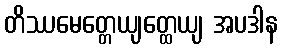
တိဿမေတ္တေယျတ္ထေယျ အပဒါန